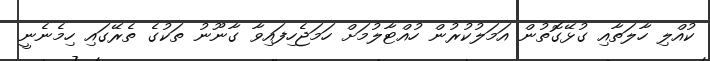
ކުއްލި ހާލަތާއި ގުޅޭގޮތުން އަަމަލުކުރުން ހުއްޓާލުމަށް ހަމަޖެހިފައިވާ ގާނޫނު ތަކުގެ ތެރޭގައި ހިމެނެނީ